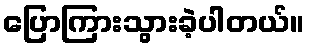
ပြောကြားသွားခဲ့ပါတယ်။